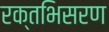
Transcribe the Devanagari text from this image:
रक्तभिसरण